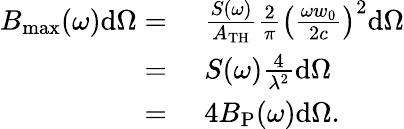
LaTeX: \begin{array}{rl}{B_{\mathrm{max}}(\omega)\mathrm{d}\Omega=}&{\, \, \frac{S(\omega)}{A_{\mathrm{TH}}}\frac{2}{\pi}\left(\frac{\omega w_{0}}{2c}\right)^{2}\mathrm{d}\Omega}\\ {=}&{\, \, S(\omega)\frac{4}{\lambda^{2}}\mathrm{d}\Omega}\\ {=}&{\, \, 4B_{\mathrm{P}}(\omega)\mathrm{d}\Omega.}\end{array}